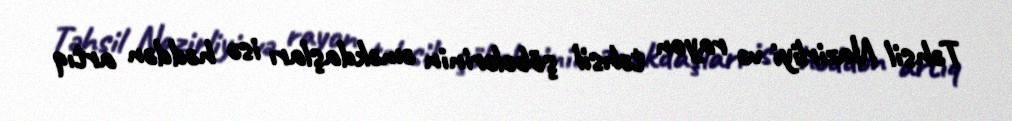
Təhsil Nazirliyi və rayon təhsil şöbələrinin əməkdaşları isə həddən artıq